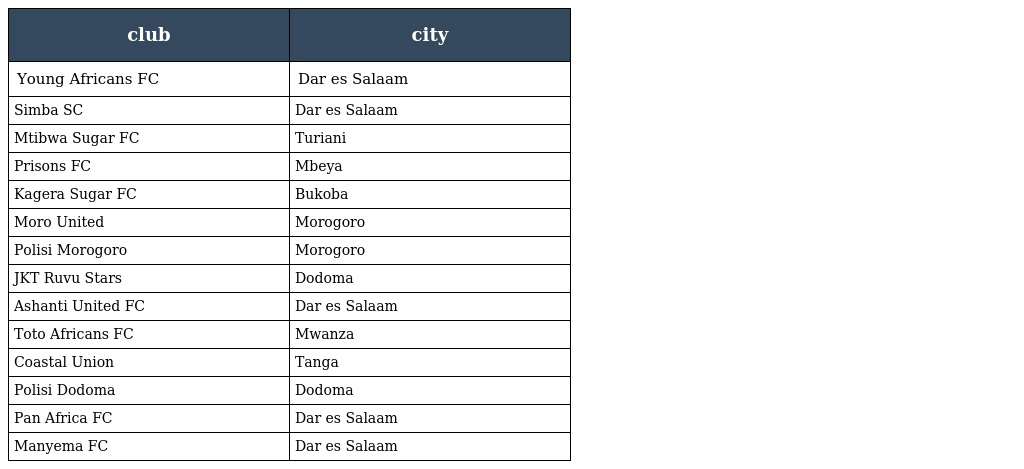
| club | city |
 | --- | --- |
 | Young Africans FC | Dar es Salaam |
 | Simba SC | Dar es Salaam |
 | Mtibwa Sugar FC | Turiani |
 | Prisons FC | Mbeya |
 | Kagera Sugar FC | Bukoba |
 | Moro United | Morogoro |
 | Polisi Morogoro | Morogoro |
 | JKT Ruvu Stars | Dodoma |
 | Ashanti United FC | Dar es Salaam |
 | Toto Africans FC | Mwanza |
 | Coastal Union | Tanga |
 | Polisi Dodoma | Dodoma |
 | Pan Africa FC | Dar es Salaam |
 | Manyema FC | Dar es Salaam |